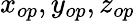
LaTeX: x_{op},y_{op},z_{op}